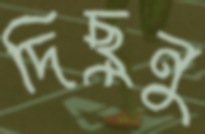
দিছুনু